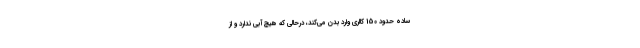
ساده حدود 150 کالری وارد بدن می‌کند، درحالی که هیچ آبی ندارد و از